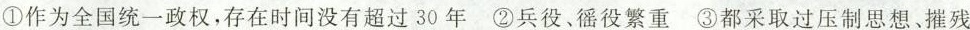
①作为全国统一政权，存在时间没有超过30年②兵役、徭役繁重③都采取过压制思想、摧残